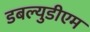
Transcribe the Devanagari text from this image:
डबल्युडीएम